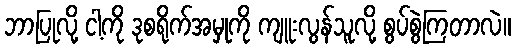
ဘာပြုလို့ ငါ့ကို ဒုစရိုက်အမှုကို ကျူးလွန်သူလို့ စွပ်စွဲကြတာလဲ။